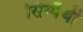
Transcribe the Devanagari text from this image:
सिम्पैथी